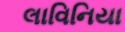
લાવિનિયા